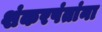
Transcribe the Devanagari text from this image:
शंकरपंतांना